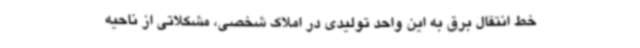
خط انتقال برق به این واحد تولیدی در املاک شخصی، مشکلاتی از ناحیه